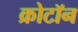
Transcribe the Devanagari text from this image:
क्रोटॉन